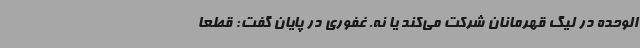
الوحده در لیگ قهرمانان شرکت می‌کند یا نه. غفوری در پایان گفت: قطعا